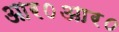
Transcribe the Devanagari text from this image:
आर०आर०